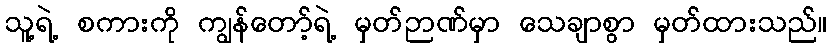
သူ့ရဲ့ စကားကို ကျွန်တော့်ရဲ့ မှတ်ဉာဏ်မှာ သေချာစွာ မှတ်ထားသည်။